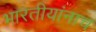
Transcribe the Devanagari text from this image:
भारतीयांनाच